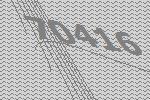
70416